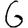
Digit: 6